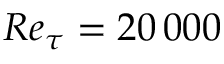
R e _ { \tau } = 2 0 \, 0 0 0